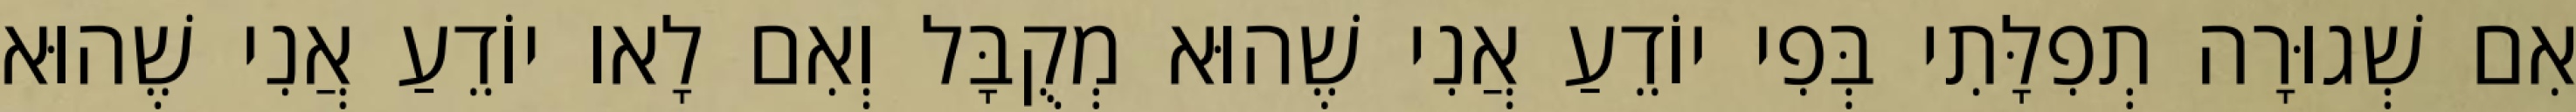
אִם שְׁגוּרָה תְפִלָּתִי בְּפִי יוֹדֵעַ אֲנִי שֶׁהוּא מְקֻבָּל וְאִם לָאו יוֹדֵעַ אֲנִי שֶׁהוּא